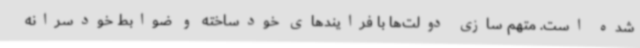
شده است. متهم سازی دولت‌ها با فرایندهای خودساخته و ضوابط خودسرانه